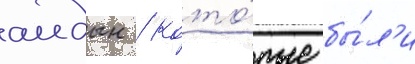
аидын / кото́рые бы́л'и